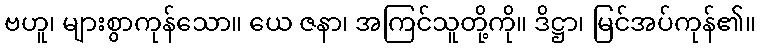
ဗဟူ၊ များစွာကုန်သော။ ယေ ဇနာ၊ အကြင်သူတို့ကို။ ဒိဋ္ဌာ၊ မြင်အပ်ကုန်၏။